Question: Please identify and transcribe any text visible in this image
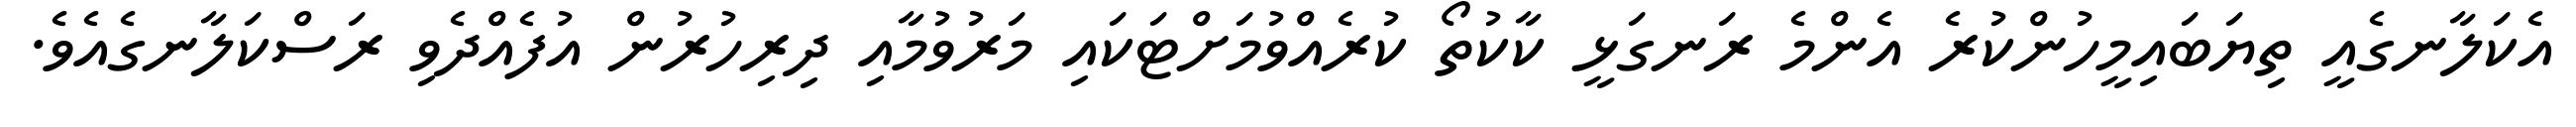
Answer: އެކަލާނގެއީ ތިޔަބައިމީހުންކުރެ އެންމެ ރަނގަޅީ ކާކުތޯ ކުރެއްވުމަށްޓަކައި މަރުވުމާއި ދިރިހުރުން އުފެއްދެވި ރަސްކަލާނގެއެވެ.